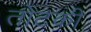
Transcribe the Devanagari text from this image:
तोटकी